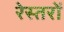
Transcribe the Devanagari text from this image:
रेस्तरों